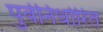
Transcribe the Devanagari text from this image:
पुर्वनिर्धारित